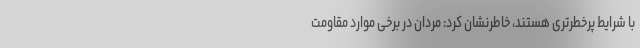
با شرایط پرخطرتری هستند، خاطرنشان کرد: مردان در برخی موارد مقاومت